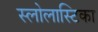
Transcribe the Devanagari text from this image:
स्लोलास्टिका